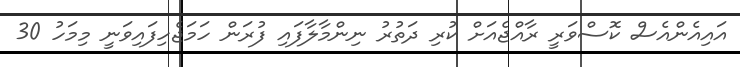
އައިއެންއެސް ކޮސްވަރީ ރާއްޖެއަށް ކުރި ދަތުރު ނިންމާލާފައި ފުރަން ހަމަޖެހިފައިވަނީ މިމަހު 30